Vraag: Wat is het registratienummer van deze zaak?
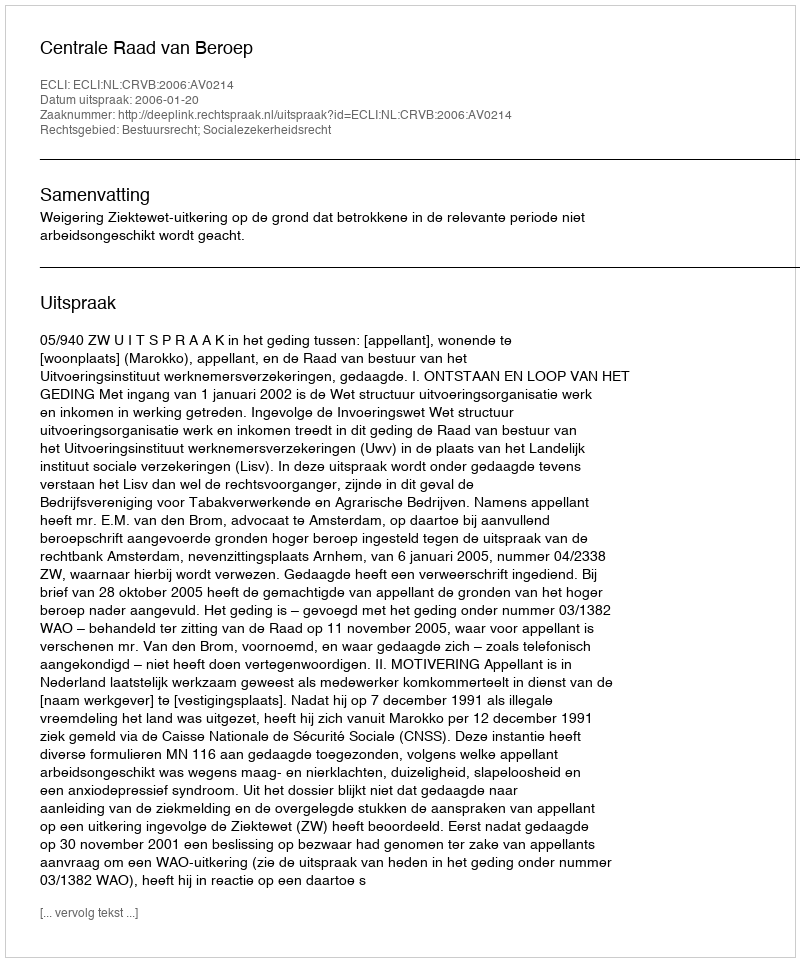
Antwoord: http://deeplink.rechtspraak.nl/uitspraak?id=ECLI:NL:CRVB:2006:AV0214